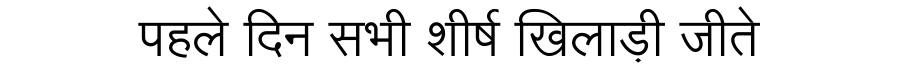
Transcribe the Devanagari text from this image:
पहले दिन सभी शीर्ष खिलाड़ी जीते